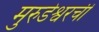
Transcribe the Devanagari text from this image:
मुरुडेश्वरची